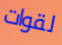
لقوات